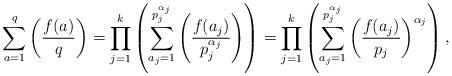
LaTeX: \begin{align*}\sum_{a=1}^q\left(\frac{f(a)}{q}\right)=\prod_{j=1}^k \left(\sum_{a_j=1}^{p_j^{\alpha_j}}\left(\frac{f(a_j)}{p_j^{\alpha_j}}\right)\right)= \prod_{j=1}^k \left(\sum_{a_j=1}^{p_j^{\alpha_j}}\left(\frac{f(a_j)}{p_j}\right)^{\alpha_j}\right),\end{align*}